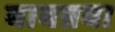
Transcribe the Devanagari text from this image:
बावन्नवा